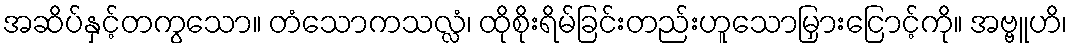
အဆိပ်နှင့်တကွသော။ တံသောကသလ္လံ၊ ထိုစိုးရိမ်ခြင်းတည်းဟူသောမြှားငြောင့်ကို။ အဗ္ဗူဟိ၊